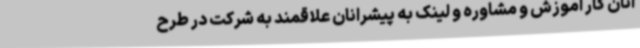
انان کار آموزش و مشاوره و لینک به پیشرانان علاقمند به شرکت در طرح